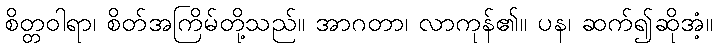
စိတ္တဝါရာ၊ စိတ်အကြိမ်တို့သည်။ အာဂတာ၊ လာကုန်၏။ ပန၊ ဆက်၍ဆိုအံ့။